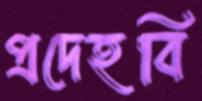
প্রদেহবি